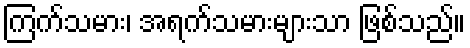
ကြက်သမား၊ အရက်သမားများသာ ဖြစ်သည်။